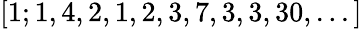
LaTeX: [1;1,4,2,1,2,3,7,3,3,30,...]